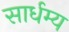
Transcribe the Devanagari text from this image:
सार्धम्य